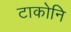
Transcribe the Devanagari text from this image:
टाकोनि